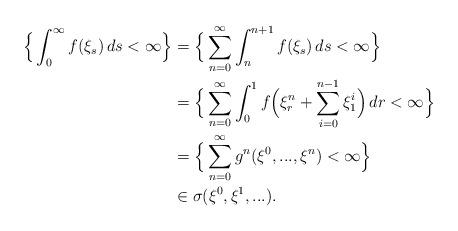
LaTeX: \begin{align*}\Big\{\int_0^\infty f(\xi_s)\,ds<\infty\Big\}&=\Big\{\sum_{n=0}^\infty \int_n^{n+1}f(\xi_s)\,ds<\infty\Big\}\\&=\Big\{\sum_{n=0}^\infty \int_0^{1}f\Big(\xi^n_r+\sum_{i=0}^{n-1}\xi_1^i\Big)\,dr<\infty\Big\}\\&=\Big\{\sum_{n=0}^\infty g^n(\xi^0,...,\xi^n)<\infty\Big\}\\&\in \sigma(\xi^0,\xi^1,...).\end{align*}